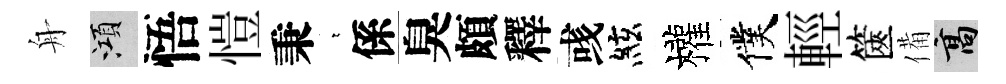
舟澒悟愷秉萋係臭頗釋彧絃權僕輕篋備高